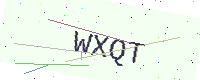
Text: WXQT